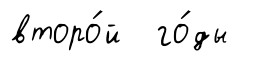
второ́й го́ды